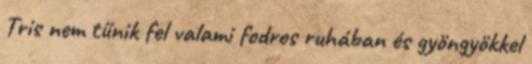
Tris nem tűnik fel valami fodros ruhában és gyöngyökkel